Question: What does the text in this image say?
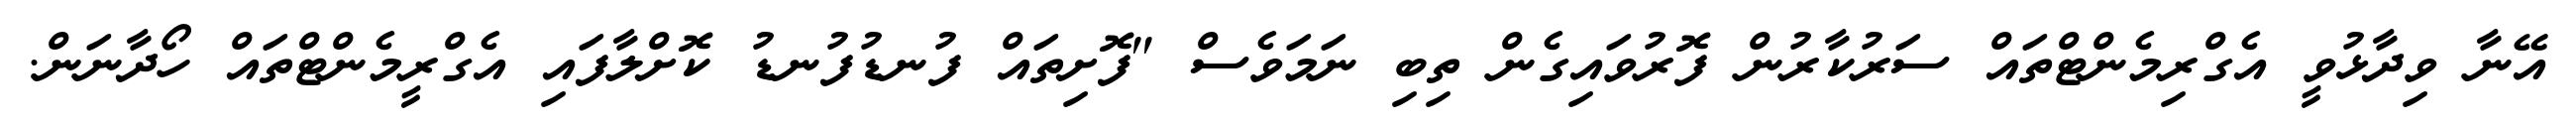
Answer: އޭނާ ވިދާޅުވީ އެގްރިމެންޓްތައް ސަރުކާރުން ފޮރުވައިގެން ތިބި ނަމަވެސް "ފޮށިތައް ފުނޑުފުނޑު ކޮށްލާފައި އެގްރީމެންޓްތައް ހޯދާނަން.